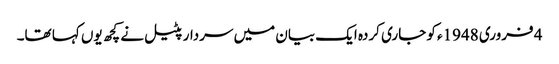
4 فروری 1948ء کو جاری کردہ ایک بیان میں سردار پٹیل نے کچھ یوں کہا تھا۔